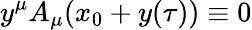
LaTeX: y^{\mu}A_{\mu}(x_{0}+y(\tau))\equiv 0